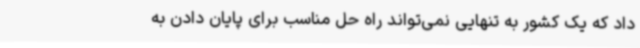
داد که یک کشور به تنهایی نمی‌تواند راه حل مناسب برای پایان دادن به